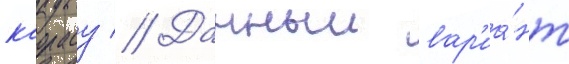
каорасу // Данныи вар'иа́нт